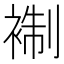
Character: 𧚳